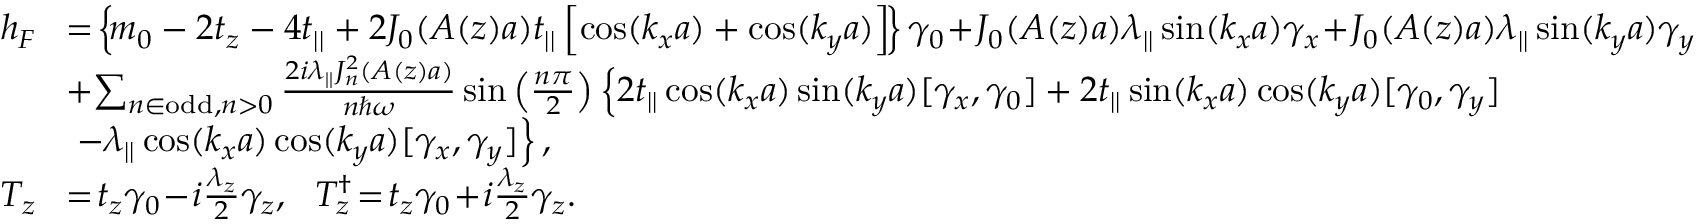
\begin{array} { r l } { h _ { F } } & { \! = \! \left\{ \! m _ { 0 } - 2 t _ { z } - 4 t _ { | | } + 2 { \cal J } _ { 0 } ( A ( z ) a ) t _ { | | } \left[ \cos ( k _ { x } a ) + \cos ( k _ { y } a ) \right] \! \right\} \gamma _ { 0 } \! + \! { \cal J } _ { 0 } ( A ( z ) a ) \lambda _ { | | } \sin ( k _ { x } a ) \gamma _ { x } \! + \! { \cal J } _ { 0 } ( A ( z ) a ) \lambda _ { | | } \sin ( k _ { y } a ) \gamma _ { y } } \\ & { \! + \! \sum _ { n \in \mathrm { o d d } , n > 0 } \frac { 2 i \lambda _ { | | } { \cal J } _ { n } ^ { 2 } ( A ( z ) a ) } { n \hbar \omega } \sin \left( \frac { n \pi } { 2 } \right) \left\{ 2 t _ { | | } \cos ( k _ { x } a ) \sin ( k _ { y } a ) [ \gamma _ { x } , \gamma _ { 0 } ] + 2 t _ { | | } \sin ( k _ { x } a ) \cos ( k _ { y } a ) [ \gamma _ { 0 } , \gamma _ { y } ] \right. } \\ & { \left. - \lambda _ { | | } \cos ( k _ { x } a ) \cos ( k _ { y } a ) [ \gamma _ { x } , \gamma _ { y } ] \right\} , } \\ { T _ { z } } & { \! = \! t _ { z } \gamma _ { 0 } \! - \! i \frac { \lambda _ { z } } { 2 } \gamma _ { z } , ~ ~ T _ { z } ^ { \dagger } \! = \! t _ { z } \gamma _ { 0 } \! + \! i \frac { \lambda _ { z } } { 2 } \gamma _ { z } . } \end{array}